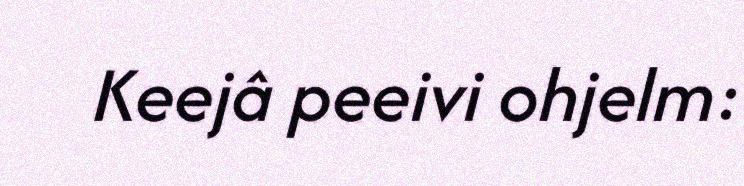
Keejâ peeivi ohjelm: